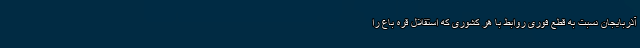
آذربایجان ‌نسبت به قطع فوری روابط با هر کشوری که استقلال قره باغ را